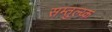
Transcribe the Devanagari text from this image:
सम्तुल्य्क